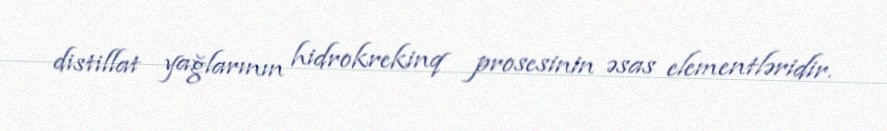
distillat yağlarının hidrokrekinq prosesinin əsas elementləridir.